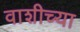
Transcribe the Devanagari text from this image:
वाशीच्या